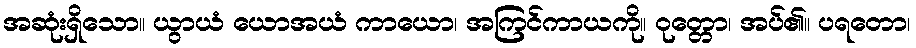
အဆုံးရှိသော။ ယွာယံ ယောအယံ ကာယော၊ အကြင်ကာယကို။ ဝုတ္တော၊ အပ်၏။ ပရတော၊